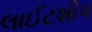
લાઈટશીપ